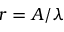
r = A / \lambda